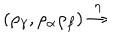
( \rho _ { \gamma } , \rho _ { \alpha } \rho _ { \beta } ) \stackrel { \eta } { \rightarrow }